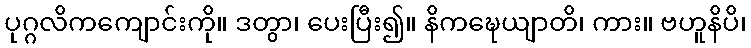
ပုဂ္ဂလိကကျောင်းကို။ ဒတွာ၊ ပေးပြီး၍။ နိကဍ္ဎေယျာတိ၊ ကား။ ဗဟူနိပိ၊